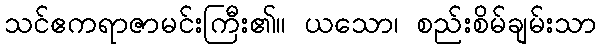
သင်ဧကရာဇာမင်းကြီး၏။ ယသော၊ စည်းစိမ်ချမ်းသာ